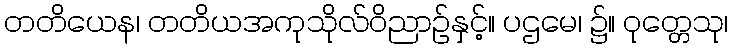
တတိယေန၊ တတိယအကုသိုလ်ဝိညာဉ်နှင့်။ ပဌမေ၊ ၌။ ဝုတ္တေသု၊